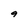
Character: 9